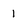
Character: 1